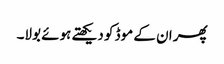
پھر ان کے موڈ کو دیکھتے ہوئے بولا۔